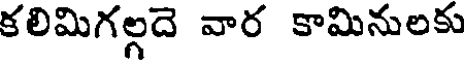
కలిమిగల్గదె వార కామినులకు